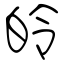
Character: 皊